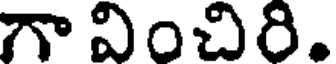
గా వించిరి.